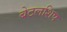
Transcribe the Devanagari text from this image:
बेटलशिप